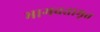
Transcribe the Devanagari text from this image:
भागवतामृत